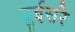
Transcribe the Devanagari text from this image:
दूईसरे